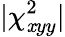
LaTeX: \lvert\chi_{\mathit{x}yy}^{2}\rvert